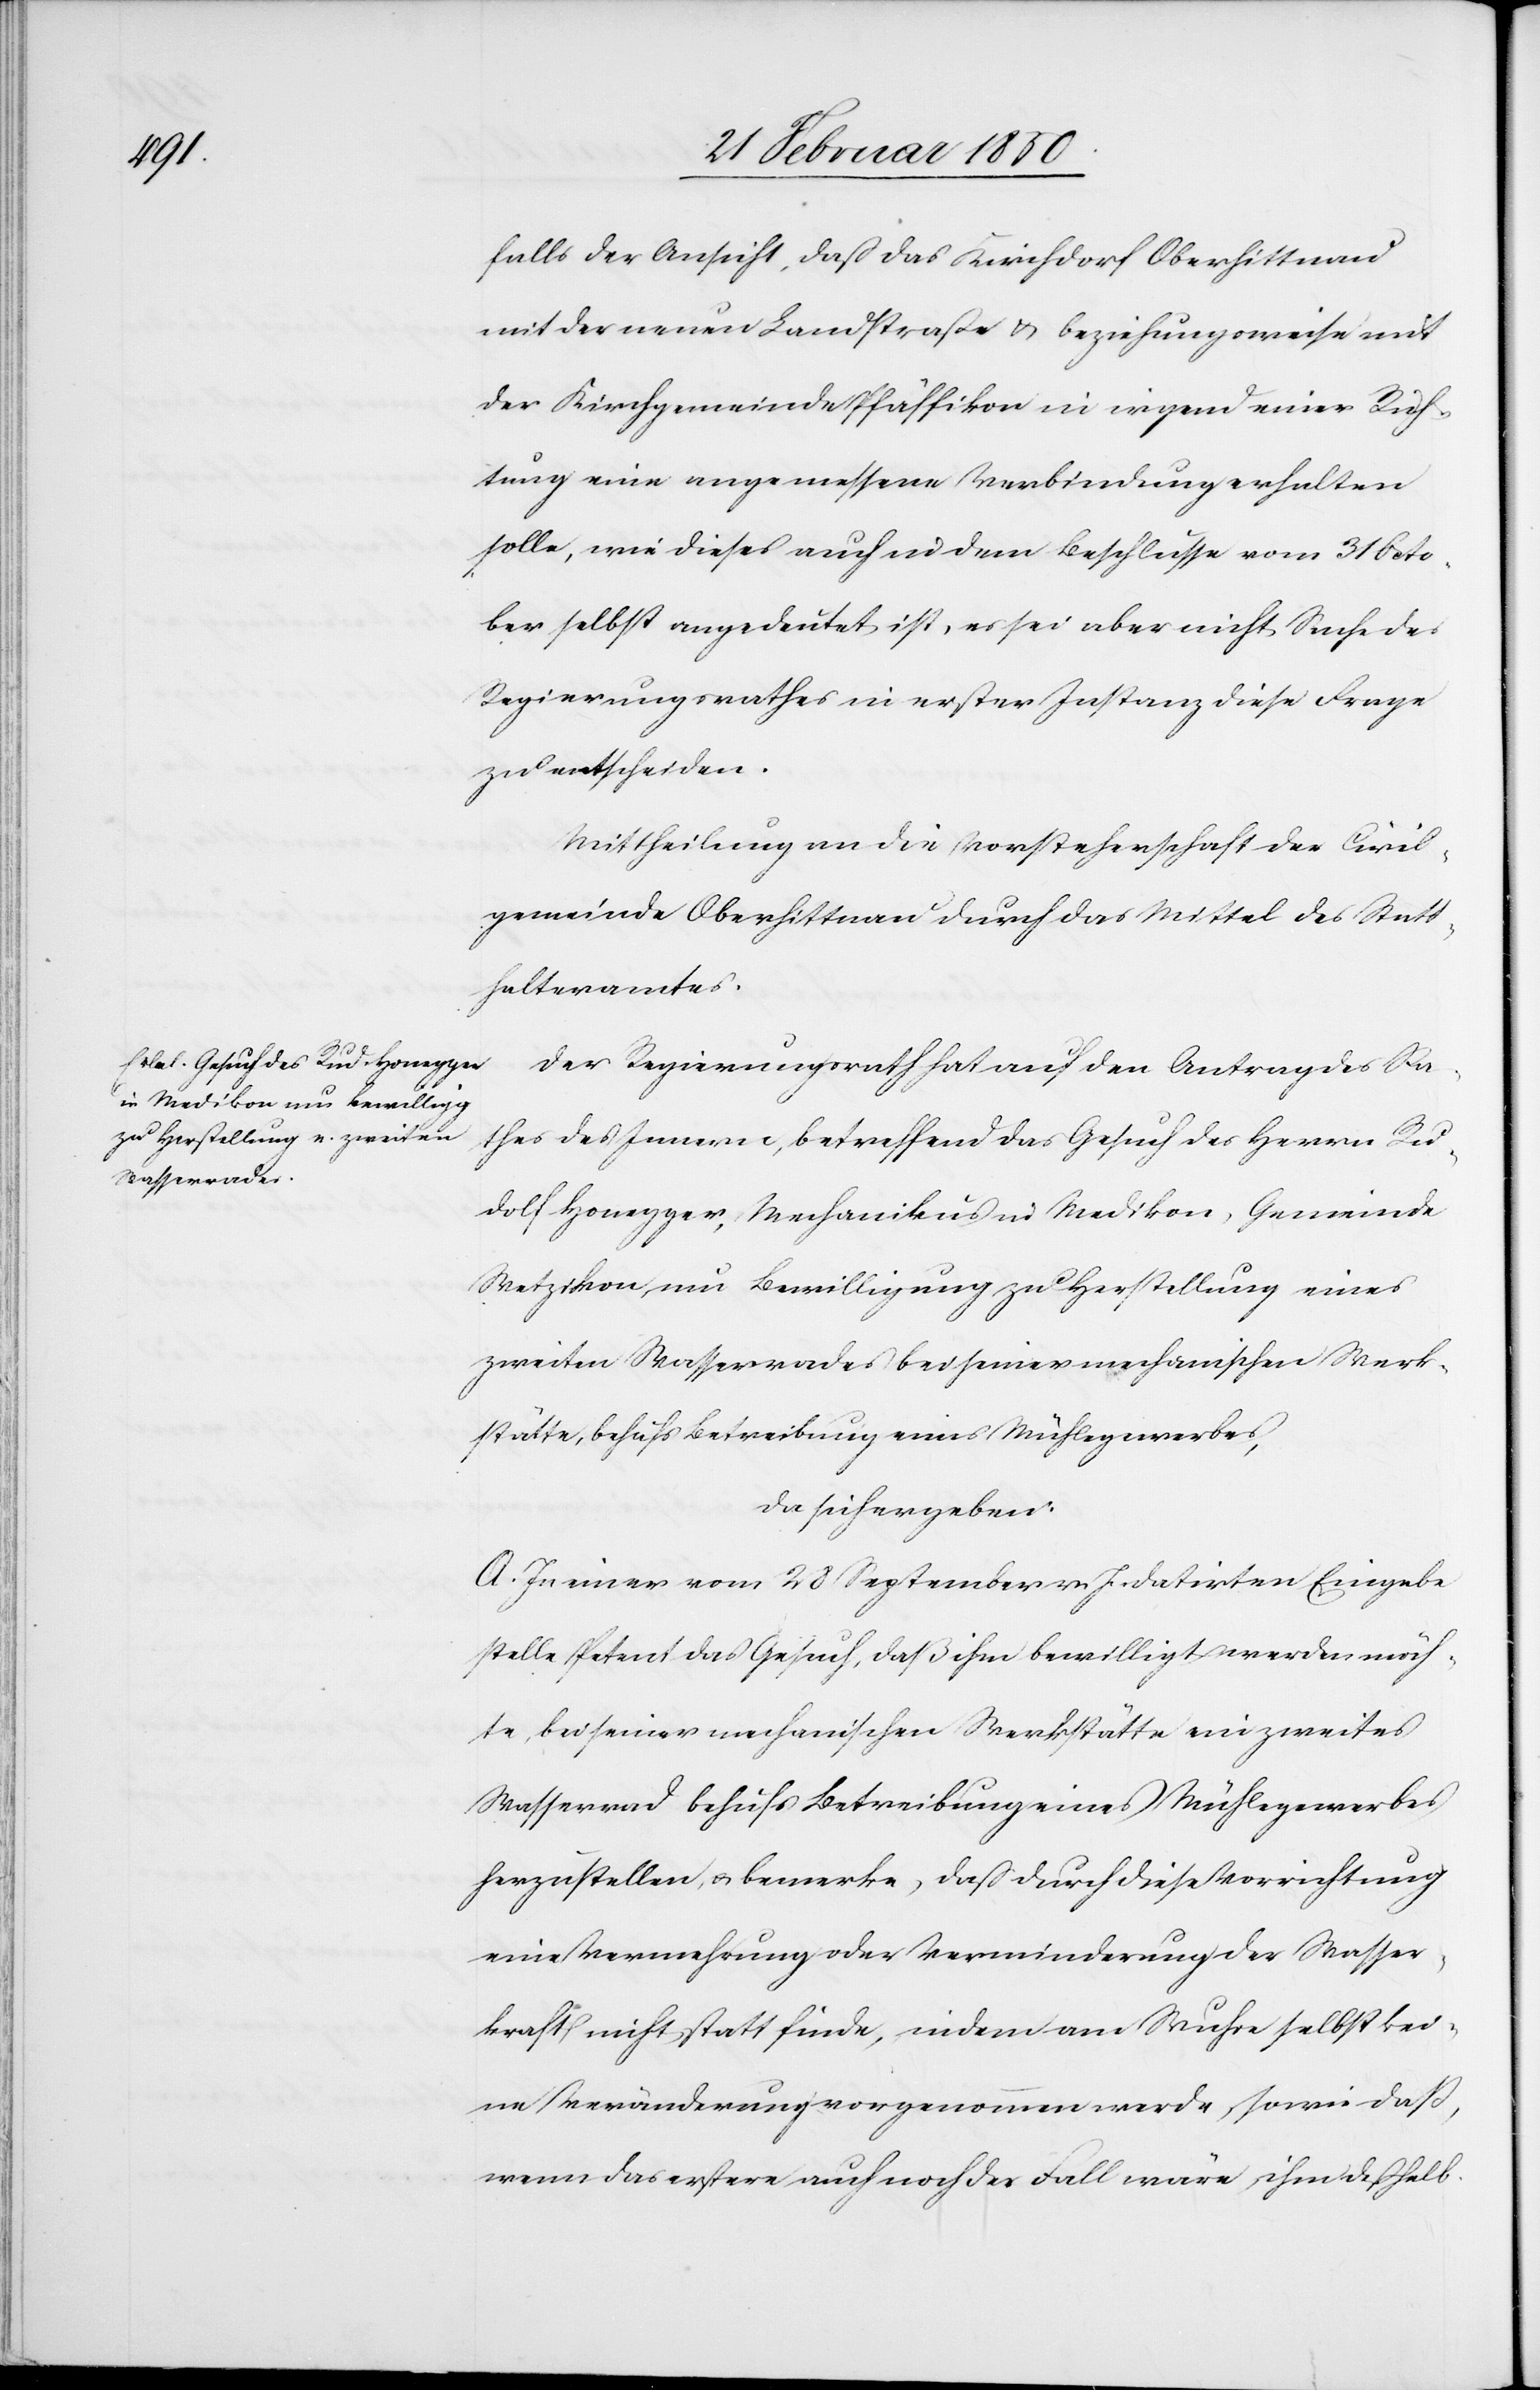
falls der Ansicht, daß das Kirchdorf Oberhittnau
mit der neuen Landstraße u. beziehungsweise mit
der Kirchgemeinde Pfäffikon in irgend einer Rich¬
tung eine angemessene Verbindung erhalten
solle, wie dieses auch in dem Beschlusse vom 31 Octo¬
ber selbst angedeutet ist, es sei aber nicht Sache des
Regierungsrathes in erster Instanz diese Frage
zu entscheiden.
Mittheilung an die Vorsteherschaft der Civil¬
gemeinde Oberhittnau durch das Mittel des Statt¬
halteramtes.
Der Regierungsrath hat auf den Antrag des Ra¬
thes des Innern, betreffend das Gesuch des Herrn Ru¬
dolf Honegger, Mechanikus in Medikon, Gemeinde
Wetzikon, um Bewilligung zu Herstellung eines
zweiten Wasserrades bei seiner mechanischen Werk¬
stätte, behufs Betreibung eines Mühlegewerbes,
da sich ergeben:
A. In einer vom 28 September v. J. datirten Eingabe
stelle Petent das Gesuch, daß ihm bewilligt werden möch¬
te, bei seiner mechanischen Werkstätte ein zweites
Wasserrad behufs Betreibung eines Mühlegewerbes
herzustellen, u. bemerke, daß durch diese Vorrichtung
eine Vermehrung oder Verminderung der Wasser¬
kraft nicht statt finde, indem am Wuhre selbst kei¬
ne Veränderung vorgenommen werde, sowie daß,
wenn das erstere auch noch der Fall wäre, ihm deßhalb